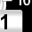
Digit: 1